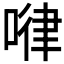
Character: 𠷈